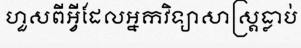
ហួសពីអ្វីដែលអ្នកវិទ្យាសាស្ត្រធ្លាប់